Annual report of the Punjab Veterinary College and of the Civil Veterinary Department, Punjab - 1894-1908
Year: 1894
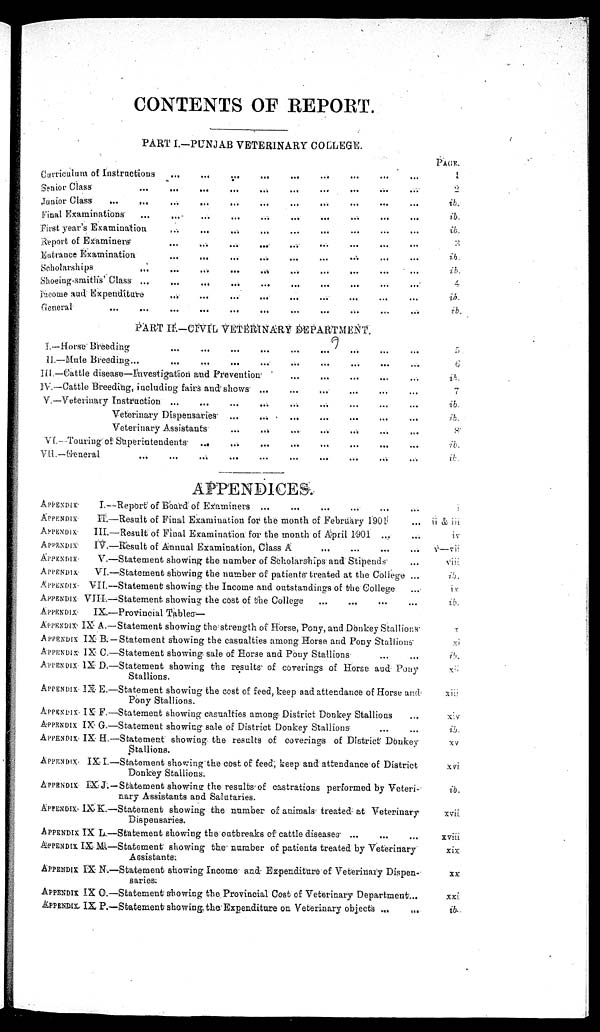
CONTENTS OF REPORT.
PART I.-PUNJAB VETERINARY COLLEGE.
Curriculum of Instructions
Senior Class ...
Junior Class
...
...
Final Examinations ...
First year's Examination
Report of Examiners
Entrance Examination
Scholarships ...
Shoeing-smiths' Class ...
Income and Expenditure
General ... ...
...
...
...
...
...
...
...
...
...
...
...
...
...
...
...
...
...
...
...
...
...
...
...
...
...
...
...
...
...
...
...
...
...
...
...
...
...
...
...
...
...
...
...
...
...
...
...
...
...
...
...
...
...
...
...
...
...
...
...
...
...
...
...
...
...
...
...
...
...
...
...
...
...
...
...
...
...
...
...
...
...
...
...
...
...
...
...
...
PART II.-CIVIL VETERINARY DEPARTMENT.
I.—Horse Breeding
II.—Mule Breeding ...
...
...
...
...
...
...
...
...
III.—Cattle disease—investigation and Prevention
IV.—Cattle Breeding, including fairs and shows
V.—Veterinary Instruction ...
...
Veterinary Dispensaries
Veterinary Assistants
VI.—Touring of Superintendents
VII.—General ...
...
...
...
...
...
...
...
...
...
...
...
...
...
...
...
...
...
...
...
...
...
...
...
...
...
...
...
...
...
...
...
...
...
...
...
...
...
...
...
...
...
...
...
...
...
...
...
...
...
...
...
...
...
...
...
...
...
...
...
...
...
...
...
...
...
...
...
...
...
...
PACE.
1
2
ib
ib
ib
3
ib
ib
4
ib
ib
5
6
ib
7
ib
ib
8
ib
ib
APPENDICES.
APPENDIX
I.—R
APPENDIX
II.—
APPENDIX
III.—
APPENDIX
IV.—
APPENDIX.
V.—
APPENDIX
VI.—
APPENDIX VII.—
APPENDIX VIII.—
APPENDIX
IX.—
APPENDIX IX A.—
APPENDIX IX B. —
APPENDIX IX C.—
APPENDIX IX D.—
APPENDIX IX E.—
APPENDIX IX F.—
APPENDIX IX G.—
APPENDIX IX H.—
APPENDIX IX I.—
APPENDIX IX J.—
APPENDIX IX K.—
APPENDIX IX L.—
APPENDIX IX M.—
APPENDIX IX N.—
APPENDIX IX O.—
APPENDIX IX P.—
eport of Board of Examiners
...
...
...
Result of Final Examination for the month of February 1901 ...
Result of Final Examination for the month of April 1901
...
...
Result of Annual Examination, Class A
...
...
...
...
Statement showing the number of Scholarships and Stipends ...
Statement showing the number of patients treated at the College ...
Statement showing the Income and outstandings of the College ...
Statement showing the cost of She College
...
...
...
...
Provincial Tables—
Statement showing the strength of Horse, Pony, and Donkey Stallions
Statement showing the casualties among Horse and Pony Stallions"
Statement showing sale of Horse and Pony Stallions ... ...
Statement showing the results of coverings of Horse and Pony
Stallions.
Statement showing the cost of feed, beep and attendance of Horse and
Pony Stallions.
Statement showing casualties among District Donkey Stallions ...
Statement showing sale of District Donkey Stallions ... ...
Statement showing the results of coverings of District Donkey
Stallions.
Statement showing the cost of feed; keep and attendance of District
Donkey Stallions.
Statement showing the results of castrations performed by Veteri-
nary Assistants and Salutaries.
Statement showing the number of animals treated at Veterinary
Dispensaries.
Statement showing the outbreaks of cattle diseases
...
...
...
Statement showing the number of patients treated by Veterinary
Assistants.
Statement showing Income and Expenditure of Veterinary Dispen-
saries.
Statement showing the Provincial Cost of Veterinary Department...
Statement showing the Expenditure on Veterinary objects ...
...
ii & iii
iv
v—vii
viii
ib.
iv
ib.
x
xi
ib.
xii
xiii
xiv
ib.
XV
xvi
ib.
xvii.
xviii
xix
xx
xxi
ib.